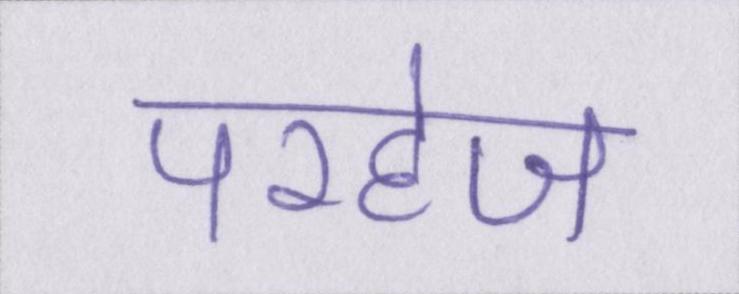
परहेज